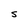
Character: S